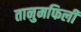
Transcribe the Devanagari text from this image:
तानुमफिली